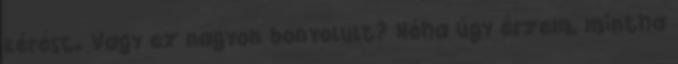
kérést. Vagy ez nagyon bonyolult? Néha úgy érzem, mintha